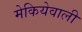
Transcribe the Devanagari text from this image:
मेकियेवाली